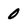
Character: 0